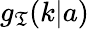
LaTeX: g_{\mathfrak{T}}(k|a)